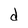
Character: d